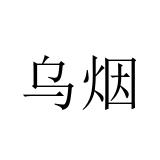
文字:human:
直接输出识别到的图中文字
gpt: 乌烟